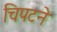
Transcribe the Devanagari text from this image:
चिपटने